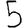
Digit: 5